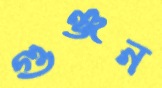
গুঞ্জন